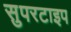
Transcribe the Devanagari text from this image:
सुपरटाइप